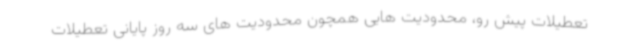
تعطیلات پیش رو، محدودیت هایی همچون محدودیت های سه روز پایانی تعطیلات